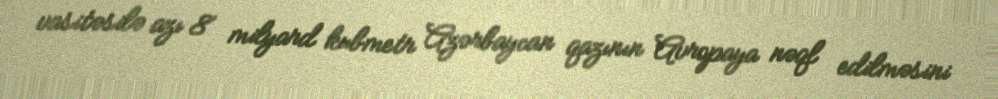
vasitəsilə azı 8 milyard kubmetr Azərbaycan qazının Avropaya nəql edilməsini